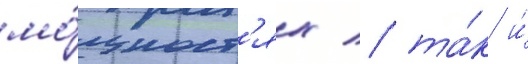
мо́щност'ях / та́к и́